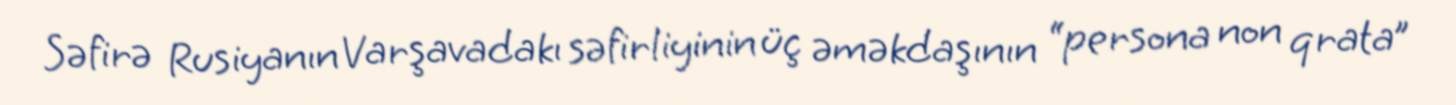
Səfirə Rusiyanın Varşavadakı səfirliyinin üç əməkdaşının “persona non qrata”